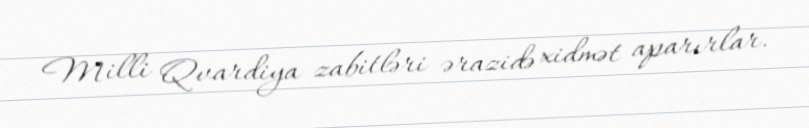
Milli Qvardiya zabitləri ərazidə xidmət aparırlar.